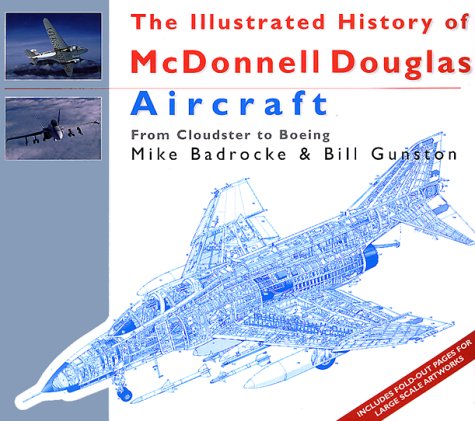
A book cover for The Illustrated History of McDonnell Douglas Aircraft : From Cloudster to Boeing; Bill Gunston; Arts & Photography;